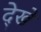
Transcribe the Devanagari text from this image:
दे्खें